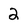
Character: 2